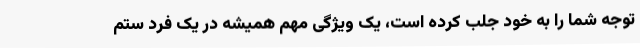
توجه شما را به خود جلب کرده است، یک ویژگی مهم همیشه در یک فرد ستم